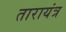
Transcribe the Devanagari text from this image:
तारायंत्र